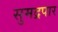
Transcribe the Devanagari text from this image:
सुमद्रपार